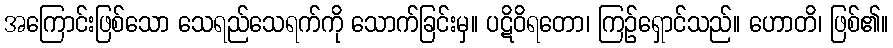
အကြောင်းဖြစ်သော သေရည်သေရက်ကို သောက်ခြင်းမှ။ ပဋိဝိရတော၊ ကြဉ်ရှောင်သည်။ ဟောတိ၊ ဖြစ်၏။